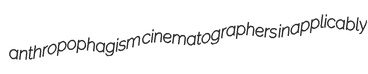
anthropophagism cinematographers inapplicably